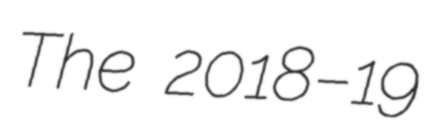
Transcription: The 2018–19